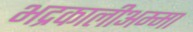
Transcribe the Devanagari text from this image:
भद्रकालीअम्मा